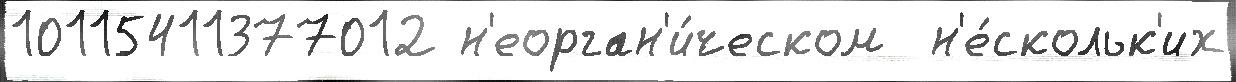
10115411377012 н'еорган'и́ческом  н'е́скольк'их